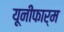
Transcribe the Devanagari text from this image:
यूनीफार्म